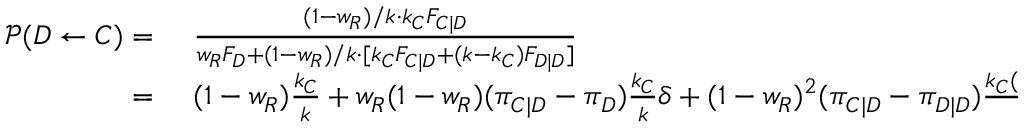
\begin{array} { r l } { \mathcal { P } ( D \gets C ) = } & { { } ~ \frac { ( 1 - w _ { R } ) / k \cdot k _ { C } F _ { C | D } } { w _ { R } F _ { D } + ( 1 - w _ { R } ) / k \cdot [ k _ { C } F _ { C | D } + ( k - k _ { C } ) F _ { D | D } ] } } \\ { = } & { { } ~ ( 1 - w _ { R } ) \frac { k _ { C } } { k } + w _ { R } ( 1 - w _ { R } ) ( \pi _ { C | D } - \pi _ { D } ) \frac { k _ { C } } { k } \delta + ( 1 - w _ { R } ) ^ { 2 } ( \pi _ { C | D } - \pi _ { D | D } ) \frac { k _ { C } ( k - k _ { C } ) } { k ^ { 2 } } \delta + \mathcal { O } ( \delta ^ { 2 } ) , } \end{array}